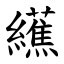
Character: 䌭